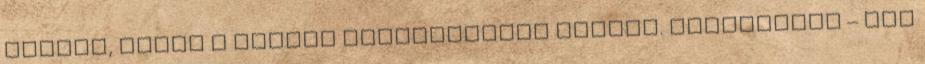
Lájvsó, ahogy a művelt keletberlini mondja. Élettársak – egy